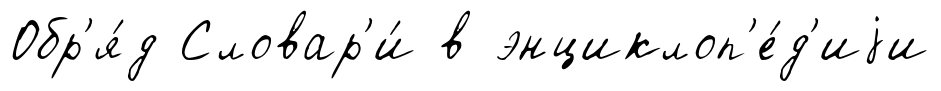
Обр'я́д Словар'и́ в энциклоп'е́д'иjи